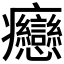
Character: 𤼣